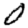
Digit: 0